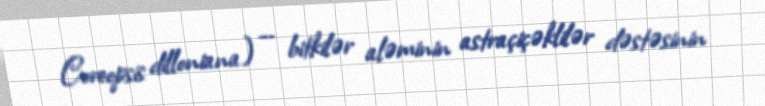
Coreopsis dilloniana) — bitkilər aləminin astraçiçəklilər dəstəsinin